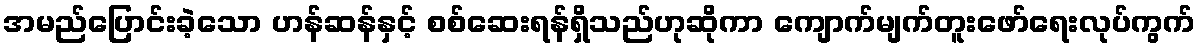
အမည်ပြောင်းခဲ့သော ဟန်ဆန်နှင့် စစ်ဆေးရန်ရှိသည်ဟုဆိုကာ ကျောက်မျက်တူးဖော်ရေးလုပ်ကွက်